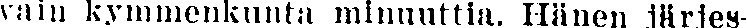
vain kymmenkunta minuuttia. Hänen järjes-